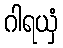
ဂါရယှံ